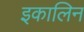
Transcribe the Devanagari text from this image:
इकालिन